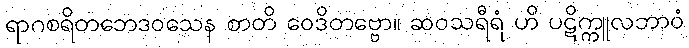
ရာဂစရိတဘေဒဝသေန စာတိ ဝေဒိတဗ္ဗော။ ဆဝသရီရံ ဟိ ပဋိက္ကူလဘာဝံ